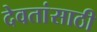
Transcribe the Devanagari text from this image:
देवतांसाठी